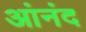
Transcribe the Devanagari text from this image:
आंनंद